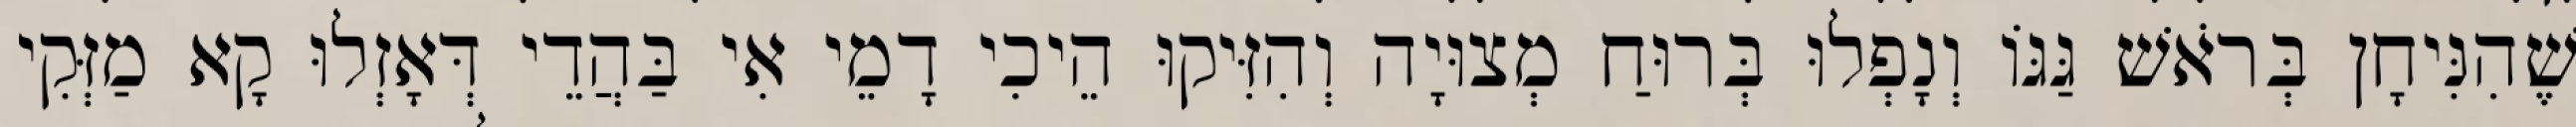
שֶׁהִנִּיחָן בְּרֹאשׁ גַּגּוֹ וְנָפְלוּ בְּרוּחַ מְצוּיָה וְהִזִּיקוּ הֵיכִי דָמֵי אִי בַּהֲדֵי דְּאָזְלוּ קָא מַזְּקִי